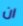
ان